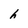
Character: h